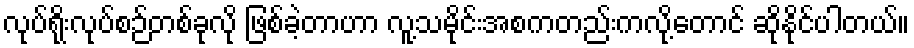
လုပ်ရိုးလုပ်စဉ်တစ်ခုလို ဖြစ်ခဲ့တာဟာ လူ့သမိုင်းအစကတည်းကလို့တောင် ဆိုနိုင်ပါတယ်။